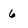
Character: 6